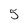
Character: 5